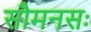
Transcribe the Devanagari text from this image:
सौमनसः